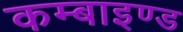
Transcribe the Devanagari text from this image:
कम्बाइण्ड